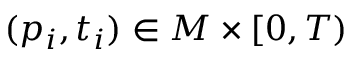
( p _ { i } , t _ { i } ) \in M \times [ 0 , T )